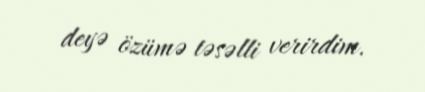
deyə özümə təsəlli verirdim.